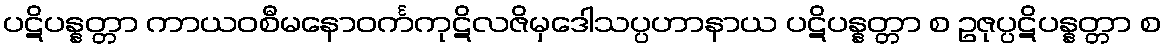
ပဋိပန္နတ္တာ ကာယဝစီမနောဝင်္ကကုဋိလဇိမှဒေါသပ္ပဟာနာယ ပဋိပန္နတ္တာ စ ဥဇုပ္ပဋိပန္နတ္တာ စ